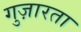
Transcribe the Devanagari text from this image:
गुज़ारता